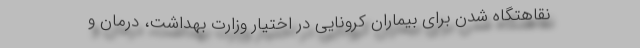
نقاهتگاه شدن برای بیماران کرونایی در اختیار وزارت بهداشت، درمان و